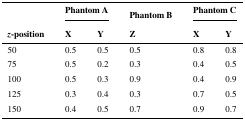
<table><thead><tr><td></td><td colspan="2"><b>Phantom A</b></td><td><b>Phantom B</b></td><td colspan="2"><b>Phantom C</b></td></tr><tr><td><b><i>z</i>-position</b></td><td><b>X</b></td><td><b>Y</b></td><td><b>Z</b></td><td><b>X</b></td><td><b>Y</b></td></tr></thead><tbody><tr><td>50</td><td>0.5</td><td>0.5</td><td>0.5</td><td>0.8</td><td>0.8</td></tr><tr><td>75</td><td>0.5</td><td>0.2</td><td>0.3</td><td>0.4</td><td>0.5</td></tr><tr><td>100</td><td>0.5</td><td>0.3</td><td>0.9</td><td>0.4</td><td>0.9</td></tr><tr><td>125</td><td>0.3</td><td>0.4</td><td>0.3</td><td>0.7</td><td>0.5</td></tr><tr><td>150</td><td>0.4</td><td>0.5</td><td>0.7</td><td>0.9</td><td>0.7</td></tr></tbody></table>